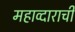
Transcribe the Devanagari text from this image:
महाव्दाराची